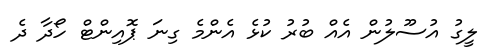
ލީގު އުސޫލުން އެއް ބުރު ކުޅެ އެންމެ ގިނަ ޕޮއިންޓް ހޯދާ ދެ